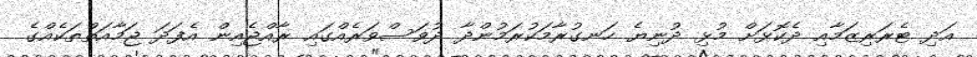
އަދި ޓެރަރިޒަމާއި ދެކޮޅަށް މުޅި ދުނިޔެ ހަނގުރާމަކުރަމުންދާ ދުވަސްވަރެއްގައި ރާއްޖެއިން އެފަދަ ޖަމާއަތްތަކެއްގެ